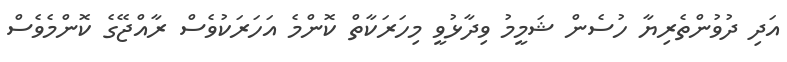
އަދި ދުވުންތެރިޔާ ހުސެން ޝަމީމު ވިދާޅުވީ މިހަރަކާތް ކޮންމެ އަހަރަކުވެސް ރާއްޖޭގެ ކޮންމެވެސް